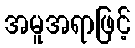
အမူအရာဖြင့်